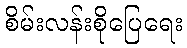
စိမ်းလန်းစိုပြေရေး